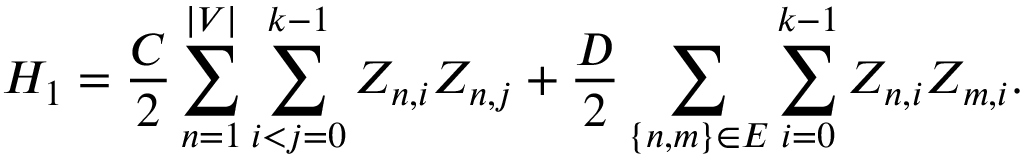
H _ { 1 } = \frac { C } { 2 } \sum _ { n = 1 } ^ { | V | } \sum _ { i < j = 0 } ^ { k - 1 } Z _ { n , i } Z _ { n , j } + \frac { D } { 2 } \sum _ { \{ n , m \} \in E } \sum _ { i = 0 } ^ { k - 1 } Z _ { n , i } Z _ { m , i } .